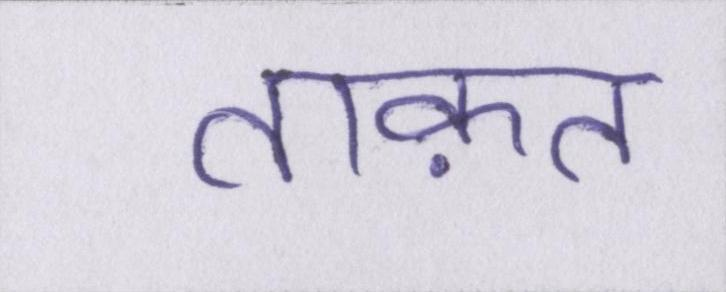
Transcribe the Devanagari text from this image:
ताक़त